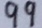
9 9